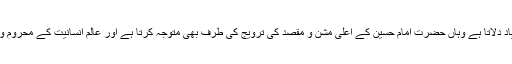
محرم الحرام ہمیں جہاں واقعہ کی خونیں داستان کی یاد دلاتا ہے وہاں حضرت امام حسین کے اعلی مشن و مقصد کی ترویج کی طرف بھی متوجہ کرتا ہے اور عالم انسانیت کے محروم و مظلوم طبقات کے لئے امید کی کرنیں بکھیرتا ہے۔